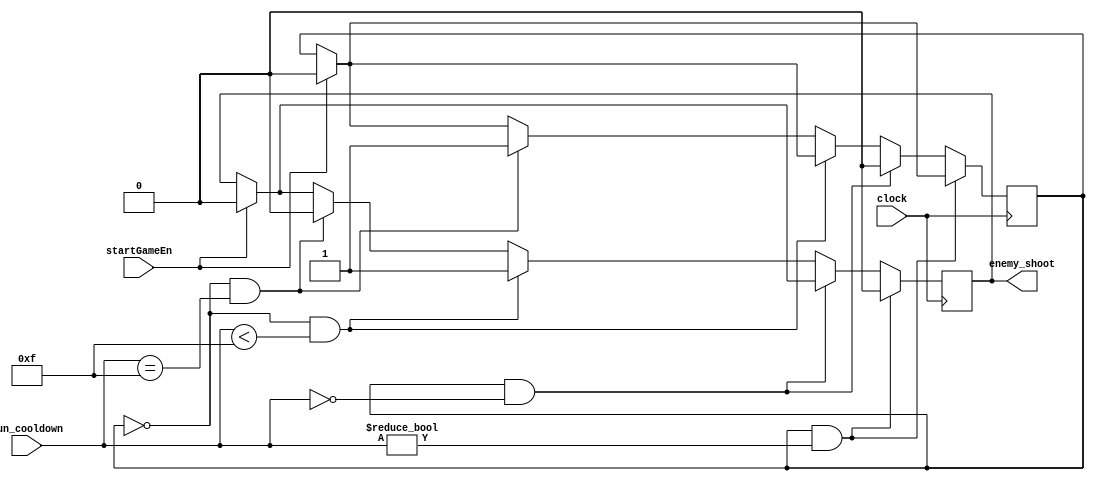
module enemy_gun_handler(clock,gun_cooldown, startGameEn, enemy_shoot);
	input clock; // 50mhz clock from de2 board
	input [3:0] gun_cooldown; // 4 bit value keeping trck of the gun's cooldown, overheats when it reaches 4'b1111
	input startGameEn; // FSM reset signal to reset everything
	output reg enemy_shoot; // shoot signal sent from the enemy
	  
	reg clear; // Start cycling from F to 0 as the cooldown


	always@(posedge clock)
	begin
		if(startGameEn) begin
			enemy_shoot = 1'b0;
			clear <= 1'b0;
		end
		if(clear && gun_cooldown != 4'b0000) begin
			enemy_shoot = 1'b0;
		end
		else if (clear && gun_cooldown == 4'b0000) begin
			clear <= 1'b0;
		end
		else if(~clear && gun_cooldown < 4'b1111) begin
			enemy_shoot = 1'b1;
		end
		else if(~clear && gun_cooldown == 4'b1111) begin
			clear <= 1'b1;
			enemy_shoot = 1'b0;
		end
	end
	 
endmodule